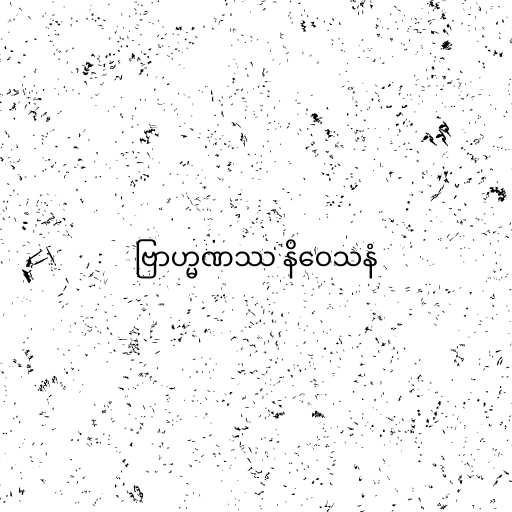
ဗြာဟ္မဏဿ နိဝေသနံ